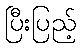
ပြီးပြည့်